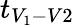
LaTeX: t_{V_{1}-V2}